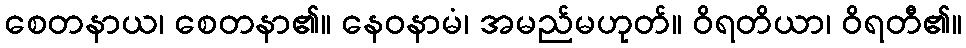
စေတနာယ၊ စေတနာ၏။ နေဝနာမံ၊ အမည်မဟုတ်။ ဝိရတိယာ၊ ဝိရတီ၏။